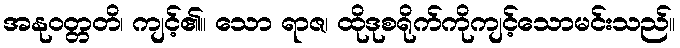
အနုဝတ္တတိ၊ ကျင့်၏။ သော ရာဇ၊ ထိုဒုစရိုက်ကိုကျင့်သောမင်းသည်။